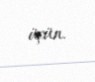
üçün.